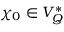
\chi _ { 0 } \in V _ { Q } ^ { * }